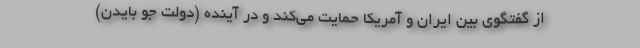
از گفتگوی بین ایران و آمریکا حمایت می‌کند و در آینده (دولت جو بایدن)